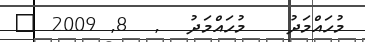
މުހައްމަދު   މުހައްމަދު